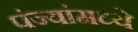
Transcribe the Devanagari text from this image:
पंज्यांमध्ये